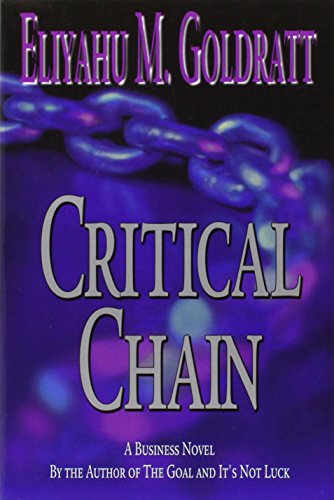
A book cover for Critical Chain; Eliyahu M. Goldratt; Engineering & Transportation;